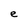
Character: e